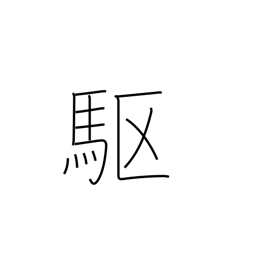
Meaning: gallop